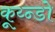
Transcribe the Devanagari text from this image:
कूय्न्डो